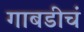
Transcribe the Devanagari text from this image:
गाबडीचं